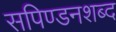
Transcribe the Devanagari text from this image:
सपिण्डनशब्द